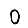
Digit: 0